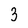
Character: 3